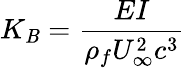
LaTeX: K_{\mathit{B}}=\frac{{EI}}{{\rho_{f}U_{\infty}^{2}c^{3}}}